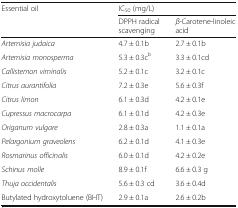
<table><thead><tr><td rowspan="2"><b>Essential oil</b></td><td colspan="2"><b>IC<sub>50</sub> (mg/L)</b></td></tr><tr><td><b>DPPH radical scavenging</b></td><td><b><i>β</i>-Carotene-linoleic acid</b></td></tr></thead><tbody><tr><td><i>Artemisia judaica</i></td><td>4.7 ± 0.1b</td><td>2.7 ± 0.1b</td></tr><tr><td><i>Artemisia monosperma</i></td><td>5.3 ± 0.3c<sup>b</sup></td><td>3.3 ± 0.1cd</td></tr><tr><td><i>Callistemon viminalis</i></td><td>5.2 ± 0.1c</td><td>3.2 ± 0.1c</td></tr><tr><td><i>Citrus aurantifolia</i></td><td>7.2 ± 0.3e</td><td>5.6 ± 0.3f</td></tr><tr><td><i>Citrus limon</i></td><td>6.1 ± 0.3d</td><td>4.2 ± 0.1e</td></tr><tr><td><i>Cupressus macrocarpa</i></td><td>6.1 ± 0.1d</td><td>4.2 ± 0.3e</td></tr><tr><td><i>Origanum vulgare</i></td><td>2.8 ± 0.3a</td><td>1.1 ± 0.1a</td></tr><tr><td><i>Pelargonium graveolens</i></td><td>6.2 ± 0.1d</td><td>4.1 ± 0.3e</td></tr><tr><td><i>Rosmarinus officinalis</i></td><td>6.0 ± 0.1d</td><td>4.2 ± 0.2e</td></tr><tr><td><i>Schinus molle</i></td><td>8.9 ± 0.1f</td><td>6.6 ± 0.3 g</td></tr><tr><td><i>Thuja occidentalis</i></td><td>5.6 ± 0.3 cd</td><td>3.6 ± 0.4d</td></tr><tr><td>Butylated hydroxytoluene (BHT)</td><td>2.9 ± 0.1a</td><td>2.6 ± 0.2b</td></tr></tbody></table>